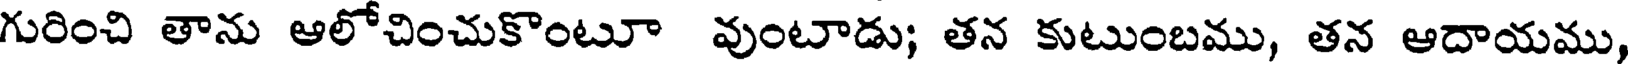
గురించి తాను ఆలోచించుకొంటూ వుంటాడు; తన కుటుంబము, తన ఆదాయము,